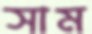
সাম